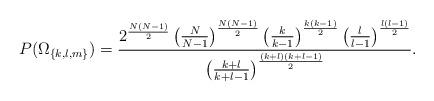
LaTeX: \begin{align*}P(\Omega_{\{k,l,m\}})=\frac{2^{\frac{N(N-1)}{2}}\left( \frac{N}{N-1}\right)^{\frac{N(N-1)}{2}}\left( \frac{k}{k-1}\right)^{\frac{k(k-1)}{2}}\left( \frac{l}{l-1}\right)^{\frac{l(l-1)}{2}}}{\left( \frac{k+l}{k+l-1}\right)^{\frac{(k+l)(k+l-1)}{2}}}.\end{align*}